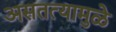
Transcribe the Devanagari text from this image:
असतत्यामुळे